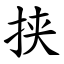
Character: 挟